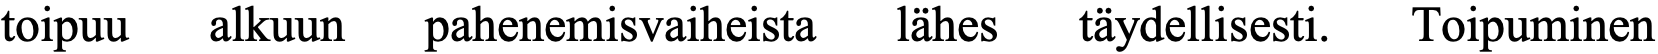
toipuu alkuun pahenemisvaiheista lähes täydellisesti. Toipuminen